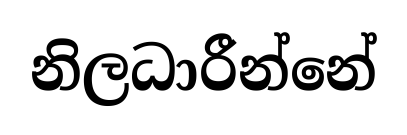
නිලධාරීන්නේ